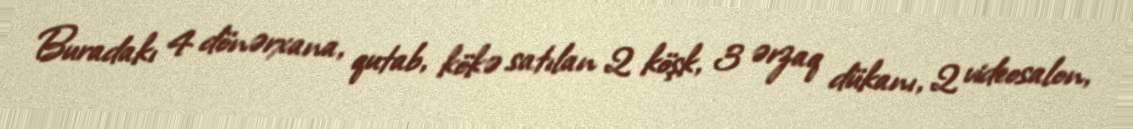
Buradakı 4 dönərxana, qutab, kökə satılan 2 köşk, 3 ərzaq dükanı, 2 videosalon,